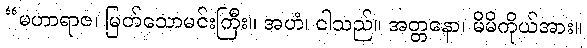
“မဟာရာဇ၊ မြတ်သောမင်းကြီး။ အဟံ၊ ငါသည်။ အတ္တနော၊ မိမိကိုယ်အား။